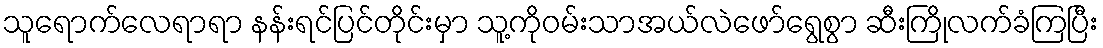
သူရောက်လေရာရာ နန်းရင်ပြင်တိုင်းမှာ သူ့ကိုဝမ်းသာအယ်လဲဖော်ရွေစွာ ဆီးကြိုလက်ခံကြပြီး